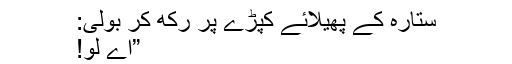
ستارہ کے پھیلائے کپڑے پر رکھ کر بولی:
”اے لو!